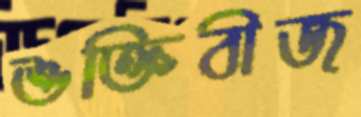
শুক্তিবীজ